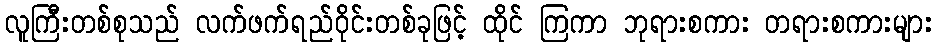
လူကြီးတစ်စုသည် လက်ဖက်ရည်ဝိုင်းတစ်ခုဖြင့် ထိုင် ကြကာ ဘုရားစကား တရားစကားများ